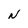
Character: N